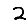
Digit: 2